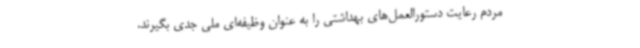
مردم رعایت دستورالعمل‌های بهداشتی را به عنوان وظیفه‌ای ملی جدی بگیرند.